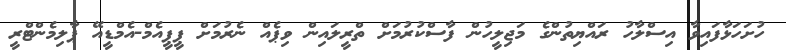
ހުށަހަޅާފައިވާ އިސްލާހު ރައްޔިތުންގެ މަޖިލީހުން ފާސްކުރުމަށް ތްރީލައިން ވިޕެއް ނެރުމަށް ޕީޕީއެމް-އެމްޑީއޭ ޕާލިމެންޓްރީ